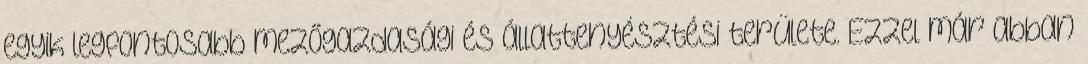
egyik legfontosabb mezőgazdasági és állattenyésztési területe. Ezzel már abban